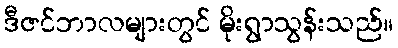
ဒီဇင်ဘာလများတွင် မိုးရွာသွန်းသည်။